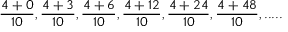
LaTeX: { \frac { 4 + 0 } { 1 0 } } , { \frac { 4 + 3 } { 1 0 } } , { \frac { 4 + 6 } { 1 0 } } , { \frac { 4 + 1 2 } { 1 0 } } , { \frac { 4 + 2 4 } { 1 0 } } , { \frac { 4 + 4 8 } { 1 0 } } , . . . . .